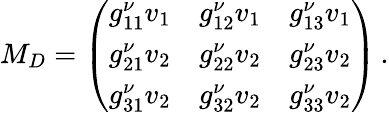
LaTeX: M_{D}=\left(\begin{array}{lll}{{g_{11}^{\nu}v_{1}}}&{{g_{12}^{\nu}v_{1}}}&{{g_{13}^{\nu}v_{1}}}\\ {{g_{21}^{\nu}v_{2}}}&{{g_{22}^{\nu}v_{2}}}&{{g_{23}^{\nu}v_{2}}}\\ {{g_{31}^{\nu}v_{2}}}&{{g_{32}^{\nu}v_{2}}}&{{g_{33}^{\nu}v_{2}}}\end{array}\right)\, .